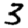
Digit: 3